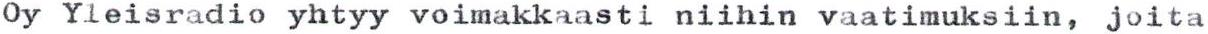
Oy Yleisradio yhtyy voimakkaasti niihin vaatimuksiin, joita